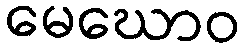
မေဃောဝ